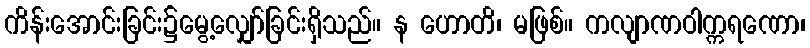
ကိန်းအောင်းခြင်း၌မွေ့လျှော်ခြင်းရှိသည်။ န ဟောတိ၊ မဖြစ်။ ကလျာဏဝါက္ကရဏော၊